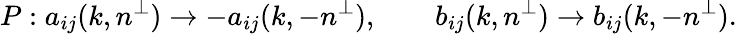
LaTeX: P:a_{ij}(k,n^{\perp})\rightarrow-a_{ij}(k,-n^{\perp}),\qquad b_{ij}(k,n^{\perp})\rightarrow b_{ij}(k,-n^{\perp}).